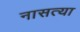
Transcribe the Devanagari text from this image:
नासत्या